Scientific memoirs by medical officers of the Army of India - Part VI,
Year: 1891
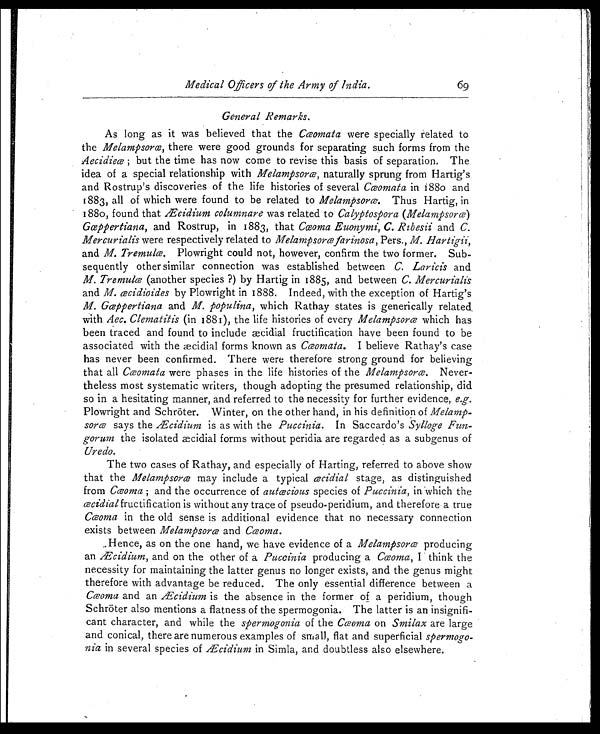
Medical Officers of the Army of India.
69
General Remarks.
As long as it was believed that the Cœomata were specially related to
the Melampsorœ, there were good grounds for separating such forms from the
Aecidieœ; but the time has now come to revise this basis of separation. The
idea of a special relationship with Melampsorœ, naturally sprung from Hartig's
and Rostrup's discoveries of the life histories of several Cœomata in 1880 and
1883, all of which were found to be related to Melampsorce. Thus Hartig, in
1880, found that Æ cidium columnare was related to Calyptospora (Melampsoræ)
Gœppertiana, and Rostrup, in 1883, that Cœoma Euonymi, C. Ribesii and C.
Mercurialis were respectively related to Melampsoræ farinosa, Pers., M. Hartigii,
and M. Tremulæ. Plowright could not, however, confirm the two former. Sub-
sequently other similar connection was established between C. Laricis and
M. Tremulæ (another species?) by Hartig in 1885, and between C. Mercurialis
and M. æcidioides by Plowright in 1888. Indeed, with the exception of Hartig's
M. Gœppertiana and M. populina, which Rathay states is generically related.
with Aec. Clematitis (in 1881), the life histories of every Melampsorce which has
been traced and found to include æcidial fructification have been found to be
associated with the æcidial forms known as Cæomata. I believe Rathay's case
has never been confirmed. There were therefore strong ground for believing
that all Cæomata were phases in the life histories of the Melampsoræ. Never-
theless most systematic writers, though adopting the presumed relationship, did
so in a hesitating manner, and referred to the necessity for further evidence, e.g.
Plowright and Schröter. Winter, on the other hand, in his definition of Melamp-
sorce says the Æ cidium is as with the Puccinia. In Saccardo's Sylloge Fun-
gorum the isolated aecidial forms without peridia are regarded as a subgenus of
Uredo.
The two cases of Rathay, and especially of Harting, referred to above show
that the Melampsoræ may include a typical cecidial stage, as distinguished
from Cæoma; and the occurrence of autæcious species of Puccinia, in which the
æcidial fructification is without any trace of pseudo-peridium, and therefore a true
Cæoma in the old sense is additional evidence that no necessary connection
exists between Melampsoræ and Cæoma.
Hence, as on the one hand, we have evidence of a Melampsoræ producing
an Æcidium, and on the other of a Puccinia producing a Cœoma, I think the
necessity for maintaining the latter genus no longer exists, and the genus might
therefore with advantage be reduced. The only essential difference between a
Cæoma and an Æcidium is the absence in the former of a peridium, though
Schröter also mentions a flatness of the spermogonia. The latter is an insignifi-
cant character, and while the spermogonia of the Cæoma on Smilax are large
and conical, there are numerous examples of small, flat and superficial spermogo-
nia in several species of Æcidium in Simla, and doubtless also elsewhere.